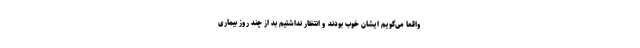
واقعا می‌گویم ایشان خوب بودند و انتظار نداشتیم بد از چند روز بیماری